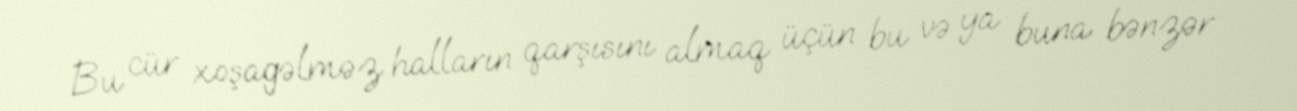
Bu cür xoşagəlməz halların qarşısını almaq üçün bu və ya buna bənzər